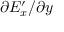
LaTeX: \partial E _ { x } ^ { \prime } / \partial y